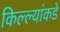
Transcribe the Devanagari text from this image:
किल्ल्यांकडे